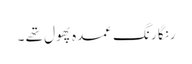
رنگا رنگ عمدہ پھول تھے ۔